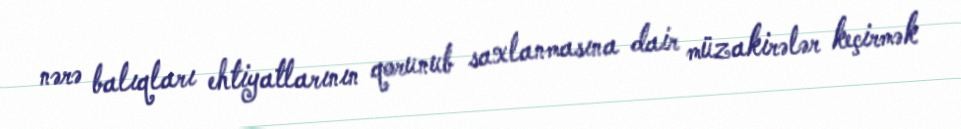
nərə balıqları ehtiyatlarının qorunub saxlanmasına dair müzakirələr keçirmək